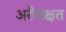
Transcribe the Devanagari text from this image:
अरीयक्षत